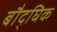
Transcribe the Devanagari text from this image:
बौद्घिक